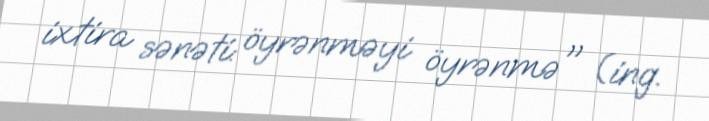
ixtira sənəti: öyrənməyi öyrənmə" (ing.